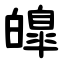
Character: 皥